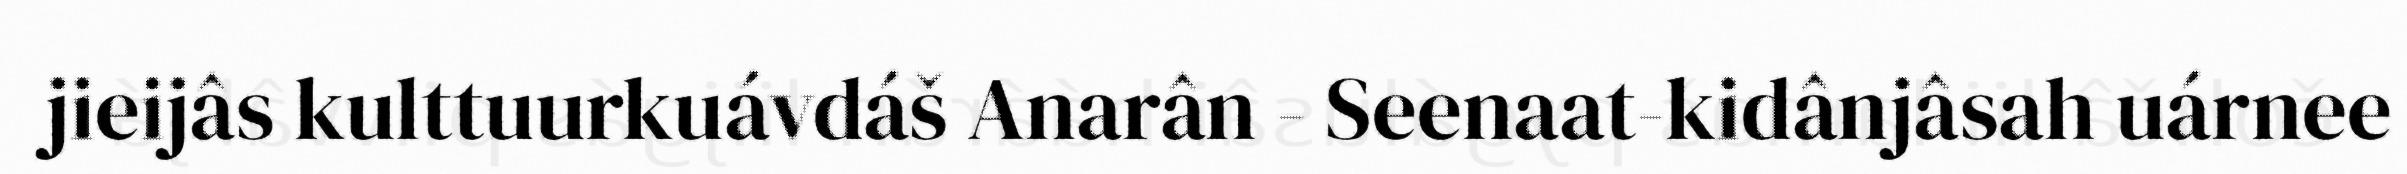
jieijâs kulttuurkuávdáš Anarân - Seenaat-kidânjâsah uárnee